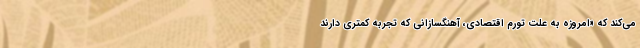
می‌کند که «امروزه به علت تورم اقتصادی، آهنگسازانی که تجربه کمتری دارند